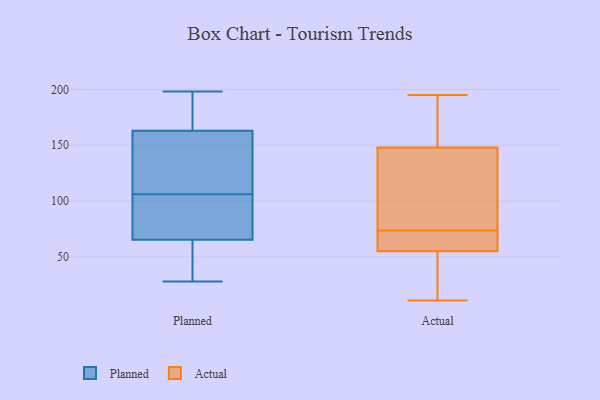
{"axis": {"x": "Bounce Rate (%)", "y": "Value"}, "legend": ["Actual", "Planned"], "data": [{"x": "", "y": 69, "type": "Planned"}, {"x": "", "y": 72, "type": "Planned"}, {"x": "", "y": 28, "type": "Planned"}, {"x": "", "y": 131, "type": "Planned"}, {"x": "", "y": 47, "type": "Planned"}, {"x": "", "y": 142, "type": "Planned"}, {"x": "", "y": 77, "type": "Planned"}, {"x": "", "y": 106, "type": "Planned"}, {"x": "", "y": 192, "type": "Planned"}, {"x": "", "y": 54, "type": "Planned"}, {"x": "", "y": 110, "type": "Planned"}, {"x": "", "y": 194, "type": "Planned"}, {"x": "", "y": 198, "type": "Planned"}, {"x": "", "y": 95, "type": "Planned"}, {"x": "", "y": 169, "type": "Planned"}, {"x": "", "y": 161, "type": "Planned"}, {"x": "", "y": 52, "type": "Planned"}, {"x": "", "y": 106, "type": "Actual"}, {"x": "", "y": 11, "type": "Actual"}, {"x": "", "y": 102, "type": "Actual"}, {"x": "", "y": 178, "type": "Actual"}, {"x": "", "y": 43, "type": "Actual"}, {"x": "", "y": 70, "type": "Actual"}, {"x": "", "y": 70, "type": "Actual"}, {"x": "", "y": 191, "type": "Actual"}, {"x": "", "y": 148, "type": "Actual"}, {"x": "", "y": 45, "type": "Actual"}, {"x": "", "y": 182, "type": "Actual"}, {"x": "", "y": 120, "type": "Actual"}, {"x": "", "y": 54, "type": "Actual"}, {"x": "", "y": 58, "type": "Actual"}, {"x": "", "y": 60, "type": "Actual"}, {"x": "", "y": 56, "type": "Actual"}, {"x": "", "y": 148, "type": "Actual"}, {"x": "", "y": 77, "type": "Actual"}, {"x": "", "y": 195, "type": "Actual"}, {"x": "", "y": 34, "type": "Actual"}]}